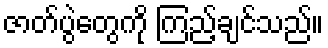
ဇာတ်ပွဲတွေကို ကြည့်ချင်သည်။